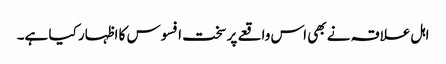
اہل علاقہ نے بھی اس واقعے پر سخت افسوس کا اظہار کیا ہے۔